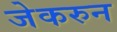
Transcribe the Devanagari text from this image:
जेकरुन